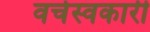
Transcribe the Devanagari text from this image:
वर्चस्वकारी